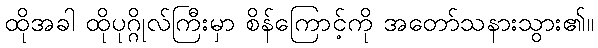
ထိုအခါ ထိုပုဂ္ဂိုလ်ကြီးမှာ စိန်ကြောင့်ကို အတော်သနားသွား၏။